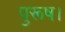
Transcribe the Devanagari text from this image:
पुरूष।